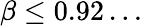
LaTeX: \beta\leq 0.92\dots